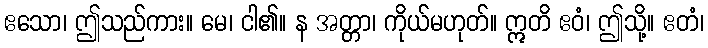
ဧသော၊ ဤသည်ကား။ မေ၊ ငါ၏။ န အတ္တာ၊ ကိုယ်မဟုတ်။ ဣတိ ဧဝံ၊ ဤသို့။ ဧတံ၊